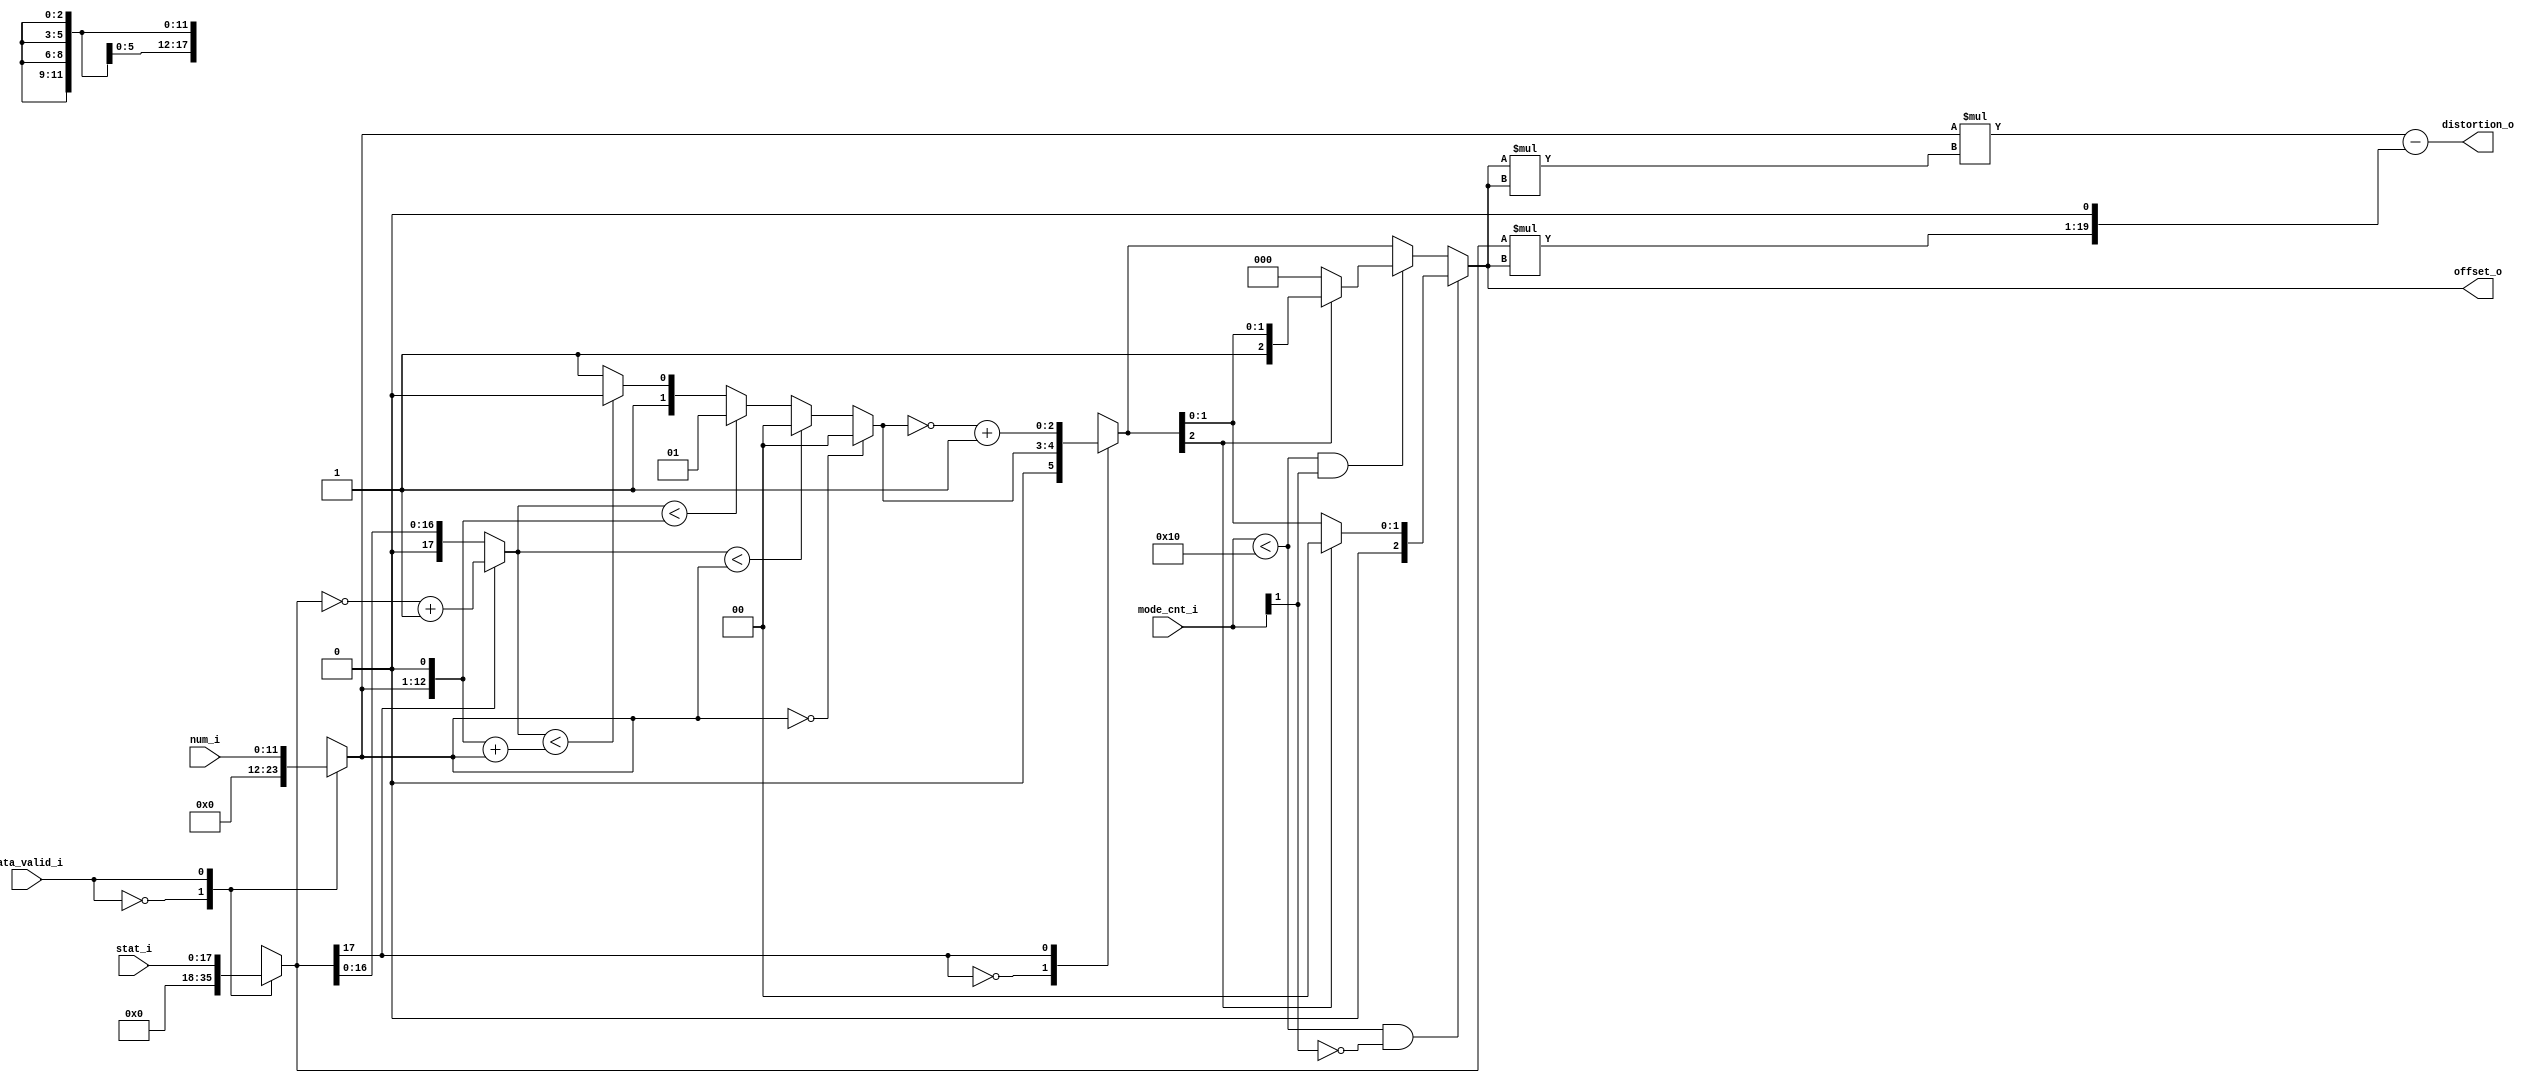
//-------------------------------------------------------------------
//                                                                 
//  COPYRIGHT (C) 2011, VIPcore Group, Fudan University
//                                                                  
//  THIS FILE MAY NOT BE MODIFIED OR REDISTRIBUTED WITHOUT THE      
//  EXPRESSED WRITTEN CONSENT OF VIPcore Group
//                                                                  
//  VIPcore       : http://soc.fudan.edu.cn/vip    
//  IP Owner 	  : Yibo FAN
//  Contact       : fanyibo@fudan.edu.cn             
//-------------------------------------------------------------------
// Description    : calculation the offset dependent on the band 
//                  number and stat  
//-------------------------------------------------------------------
module sao_cal_offset(
                   stat_i                   ,
                   num_i                    ,
                   mode_cnt_i               ,
				   data_valid_i             ,
				   offset_o                 ,
                   distortion_o          				   
				   
				);
//---------------------------------------------------------------------------
//
//                        INPUT/OUTPUT DECLARATION 
//
//----------------------------------------------------------------------------
                    
parameter SAO_DIF_WIDTH = 18 ;
parameter SAO_NUM_WIDTH = 12 ;
parameter SAO_DIS_WIDTH = 20 ;

input  signed    [SAO_DIF_WIDTH-1:0]    stat_i          ;
input            [SAO_NUM_WIDTH-1:0]    num_i           ;
input            [4:0]                  mode_cnt_i      ;
input                                   data_valid_i    ;
output signed    [      2     :0]       offset_o        ;
output signed    [SAO_DIS_WIDTH-1:0]    distortion_o    ;


reg    signed    [SAO_DIF_WIDTH-1:0]    stat_r          ;
reg              [SAO_NUM_WIDTH-1:0]    num_r           ;

reg              [SAO_DIF_WIDTH-1:0]    stat_unsigned_r ;
wire             [SAO_NUM_WIDTH+1:0]    num_m2_w        ;
wire             [SAO_NUM_WIDTH+1:0]    num_m3_w        ;
reg              [      1     :0]       offset_unsigned_r;
reg    signed    [      2     :0]       offset_r        ;
reg    signed    [      2     :0]       offset_w        ;

always @(*) begin 
    case(data_valid_i)
        1'b0 :begin 
            stat_r = 'd0 ; 
            num_r =  'd0  ;
            end
        1'b1 :begin 
            stat_r = stat_i; 
            num_r = num_i;
            end      
    endcase 
end

always @(*) begin 
    case(stat_r[SAO_DIF_WIDTH-1])
        1'b1 : 
            stat_unsigned_r  = (~stat_r)+1'b1  ; 
        default : 
            stat_unsigned_r  = stat_r ;     
    endcase 
end

assign    num_m2_w  =  {num_r,1'b0}                   ; 
assign    num_m3_w  =  {num_r,1'b0} +  num_r          ; 

always @* begin 
    if(num_r==0)
        offset_unsigned_r   =    2'd0                 ;
	else if(stat_unsigned_r<num_r)	
		offset_unsigned_r   =    2'd0                 ;
	else if(stat_unsigned_r<num_m2_w)	
		offset_unsigned_r   =    2'd1                 ;
	else if(stat_unsigned_r<num_m3_w)	
		offset_unsigned_r   =    2'd2                 ;
	else 	
		offset_unsigned_r   =    2'd3                 ;
end 

always @* begin 
    case(stat_r[SAO_DIF_WIDTH-1])
        1'b0 : offset_r = {1'b0,offset_unsigned_r} ;
        1'b1 : offset_r = (~(offset_unsigned_r)+1'b1) ;
	endcase
end 

always @* begin 
    offset_w = offset_r ;
    if ( mode_cnt_i<16 && (mode_cnt_i[1] == 0) )
        offset_w = offset_r[2]==1 ? 0 : offset_r ;
    else if (mode_cnt_i<16 && (mode_cnt_i[1] == 1))
        offset_w = offset_r[2]==0 ? 0 : offset_r ;
    else 
        offset_w = offset_r ;
end 

wire signed   [ 5:0] temp1= offset_w * offset_w;
wire signed   [12:0] temp2= num_r    * temp1     ;
wire signed   [SAO_DIS_WIDTH-1:0] temp3= stat_r*offset_w   ;


assign   offset_o   =     offset_w                  ;
assign   distortion_o =   temp2  - {temp3,1'b0}       ;


endmodule